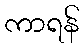
ကာရန်